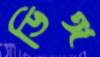
ডিঙ্গ